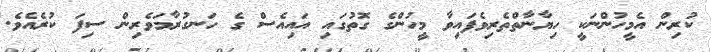
ކުރިން އެމީހުންނަކީ ހިޔާނާތްތެރިވެފައިވާ މީހުންގެ ގޮތުގައި އައިއެސް ގެ ހަނގުރާމަވެރިން ސިފަ ކުރެއެވެ.